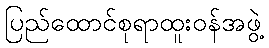
ပြည်ထောင်စုရာထူးဝန်အဖွဲ့